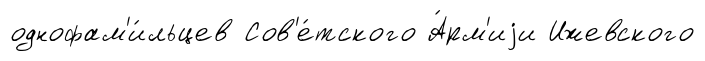
однофам'и́льцев Сов'е́тского А́рм'иjи Ижевского